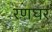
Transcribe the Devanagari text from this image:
रणघर